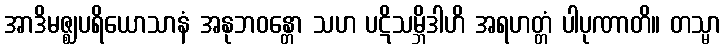
အာဒိမဇ္ဈပရိယောသာနံ အနုဘဝန္တော သဟ ပဋိသမ္ဘိဒါဟိ အရဟတ္တံ ပါပုဏာတိ။ တသ္မာ